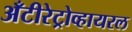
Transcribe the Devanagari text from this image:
अँटीरेट्रोव्हायरल